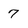
Character: 7